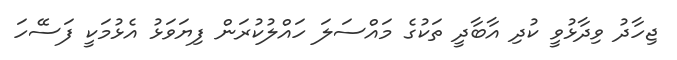
ޖިހާދު ވިދާޅުވީ ކުދި އާބާދީ ތަކުގެ މައްސަލަ ހައްލުކުރަން ފިޔަވަޅު އެޅުމަކީ ފަސޭހަ